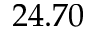
2 4 . 7 0